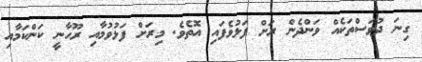
ގިނަ ދުވަސްތަކެއް ވަންދެން ރަށް ފަޅުވެފައި އޮތެވެ. މިރަށް ފަޅުވުމާއި ރޫހާނީ ކަންކަމާއި